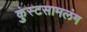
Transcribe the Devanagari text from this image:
कुंस्टसामलंग